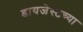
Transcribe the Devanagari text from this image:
डायजेस्टच्या